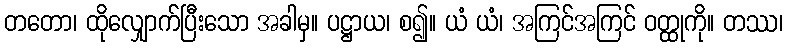
တတော၊ ထိုလျှောက်ပြီးသော အခါမှ။ ပဋ္ဌာယ၊ စ၍။ ယံ ယံ၊ အကြင်အကြင် ဝတ္ထုကို။ တဿ၊